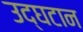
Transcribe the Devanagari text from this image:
उद्घटान